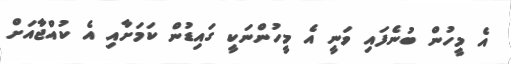
އެ މީހުން ބުނެފައި ވަނީ އެ މީހުންނަކީ ގައިޑުން ކަމަށާއި އެ ކުއްޖާއަށް